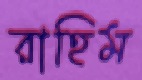
রাহিম